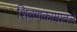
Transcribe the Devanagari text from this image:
शिवणकामातले